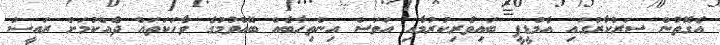
އެގޮތުން ސަރުކާރުގައި އެމްޑީޕީ ބައިވެރިކުރުމާއި އަވަސް އިންތިހާބެއް ބޭއްވުމުގެ ވާހަކަތައް ދެއްކުމަށް ރައީސް